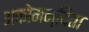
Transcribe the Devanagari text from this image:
अकोमन्दिता